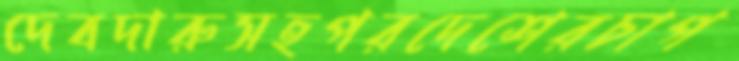
দেবদারুসহপরদেশেরচাপ